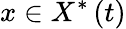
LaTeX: x\in X^{\ast}\left(t\right)